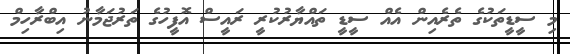
މި ސީޑީތަކުގެ ތެރެއިން އެއް ސީޑީ ތައްޔާރުކުރީ ރައީސް އޮފީހުގެ ތަރުޖަމާނު އިބްރާހިމް